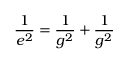
\frac { 1 } { e ^ { 2 } } = \frac { 1 } { g ^ { 2 } } + \frac { 1 } { g ^ { 2 } }